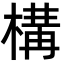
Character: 構